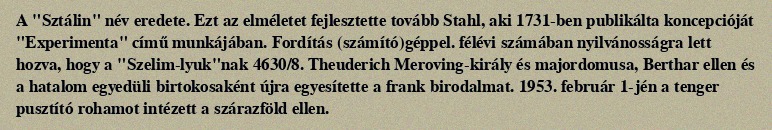
A "Sztálin" név eredete. Ezt az elméletet fejlesztette tovább Stahl, aki 1731-ben publikálta koncepcióját "Experimenta" című munkájában. Fordítás (számító)géppel. félévi számában nyilvánosságra lett hozva, hogy a "Szelim-lyuk"nak 4630/8. Theuderich Meroving-király és majordomusa, Berthar ellen és a hatalom egyedüli birtokosaként újra egyesítette a frank birodalmat. 1953. február 1-jén a tenger pusztító rohamot intézett a szárazföld ellen.